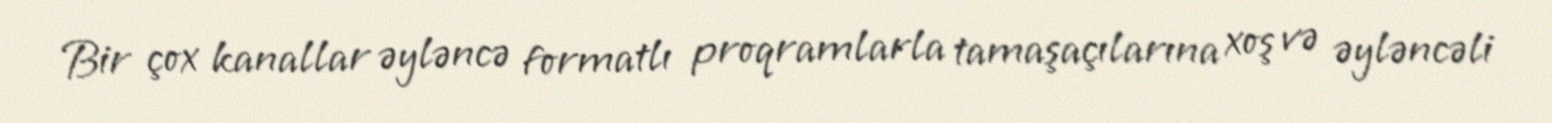
Bir çox kanallar əyləncə formatlı proqramlarla tamaşaçılarına xoş və əyləncəli